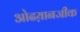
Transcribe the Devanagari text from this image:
ओढय़ानजीक